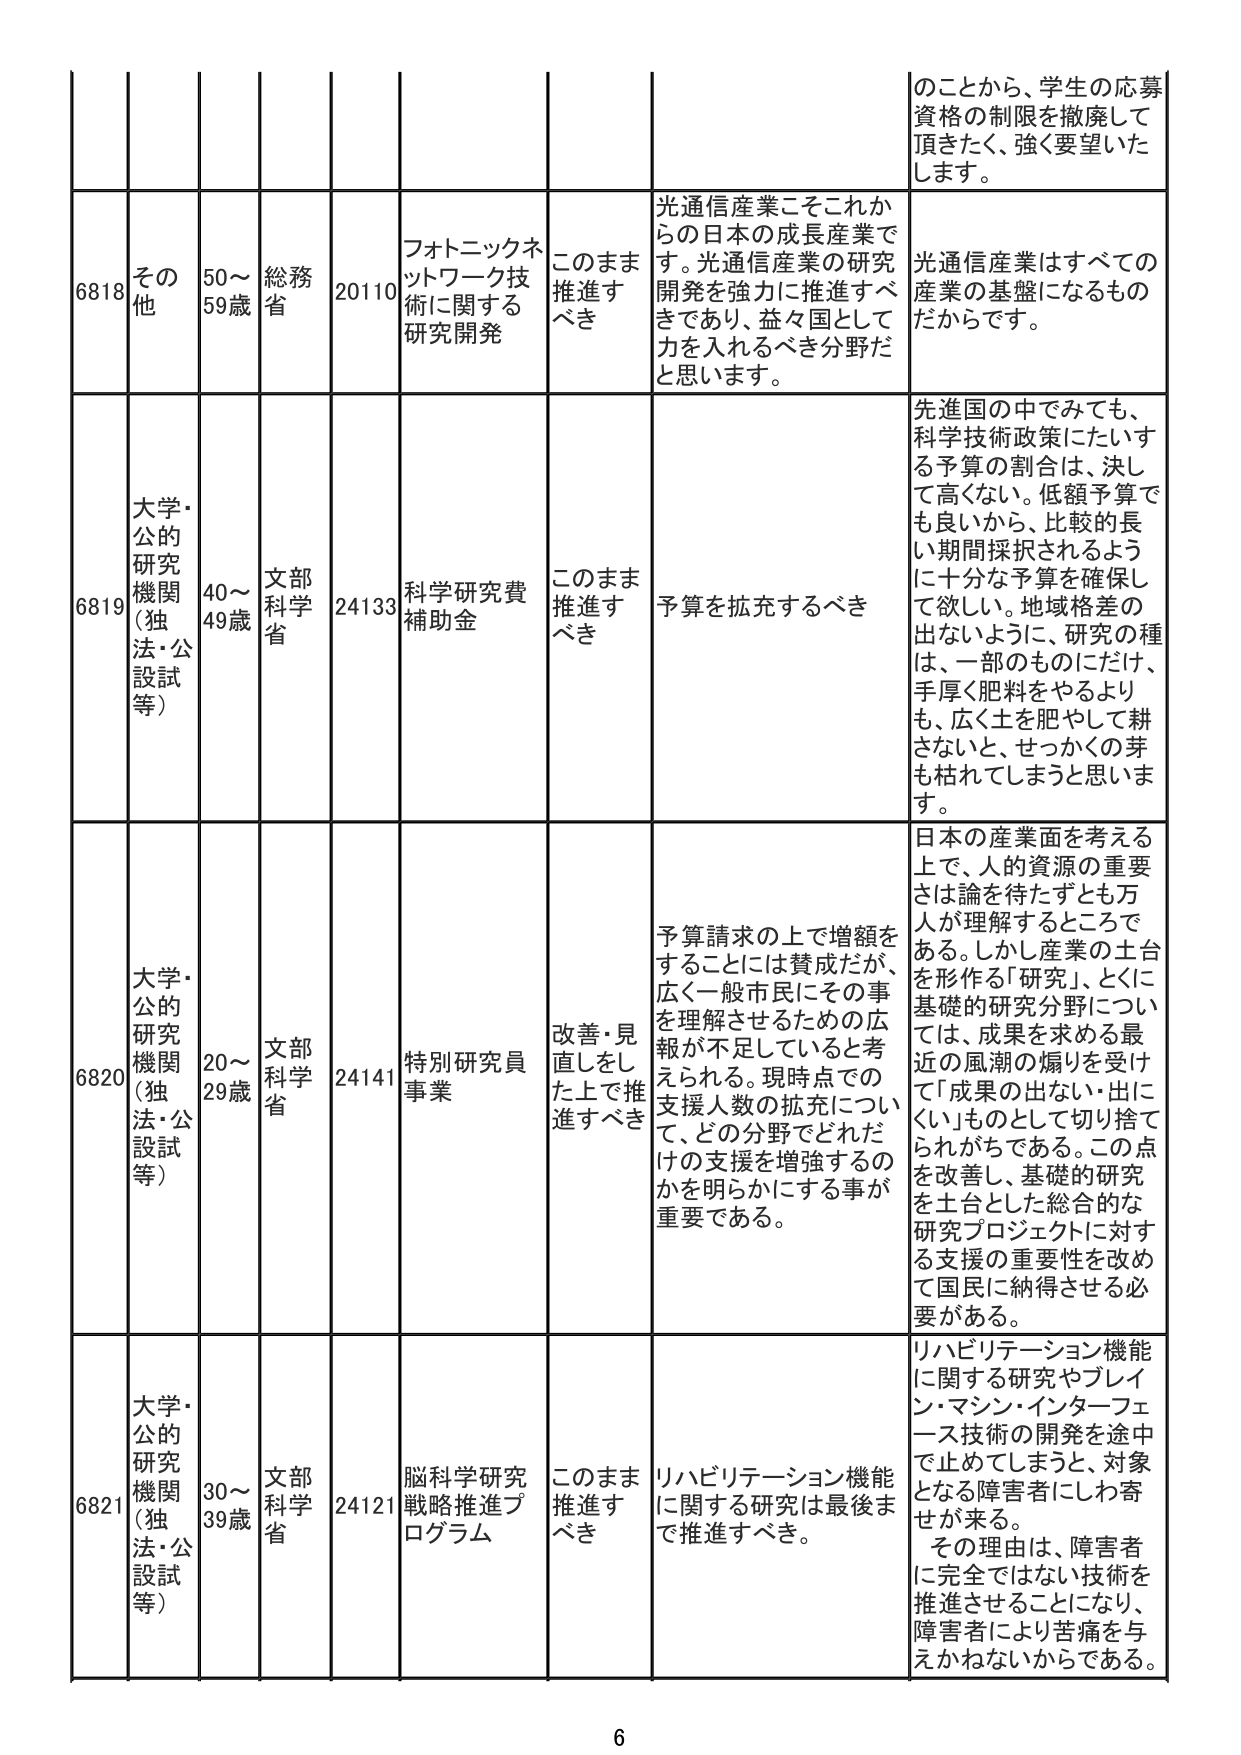
6818 その他 50～59歳 総務省 20110 フォトニックネットワーク技術に関する研究開発 このまま推進すべき 光通信産業こそこれからの日本の成長産業です。光通信産業の研究開発を強力に推進すべきであり、益々国として力を入れるべき分野だと思います。 光通信産業はすべての産業の基盤になるものだからです。 のことから、学生の応募資格の制限を撤廃して頂きたく、強く要望いたします。

6819 大学・公的研究機関（独法・公設試等） 40～49歳 文部科学省 24133 科学研究費補助金 このまま推進すべき 予算を拡充するべき 先進国の中でも、科学技術政策にたいする予算の割合は、決して高くない。低額予算でも良いから、比較的長い期間採択されるように十分な予算を確保して欲しい。地域格差の出ないよう、研究の種は、一部のものにだけ、手厚く肥料をやるよりも、広く土を肥やして耕さないと、せっかくの芽も枯れてしまうと思います。

6820 大学・公的研究機関（独法・公設試等） 20～29歳 文部科学省 24141 特別研究員事業 改善・見直しをした上で推進すべき 予算請求の上で増額をすることには賛成だが、広く一般市民にその事を理解させるための広報が不足していると考えられる。現時点での支援人数の拡充について、どの分野でどれだけの支援を増強するのかを明らかにする事が重要である。 日本の産業面を考える上で、人的資源の重要さは論を待たずとも万人が理解するところである。しかし産業の土台を形作る「研究」、とくに基礎的研究分野については、成果を求める最近の風潮の煽りを受けて「成果の出ない・出にくい」ものとして切り捨てられがちである。この点を改善し、基礎的研究を土台とした総合的な研究プロジェクトに対する支援の重要性を改めて国民に納得させる必要がある。

6821 大学・公的研究機関（独法・公設試等） 30～39歳 文部科学省 24121 脳科学研究戦略推進プログラム このまま推進すべき リハビリテーション機能に関する研究は最後まで推進すべき。 リハビリテーション機能に関する研究やブレイン・マシン・インターフェース技術の開発を途中で止めてしまうと、対象となる障害者にしわ寄せが来る。その理由は、障害者に完全ではない技術を推進させることになり、障害者により苦痛を与えかねないからである。

6